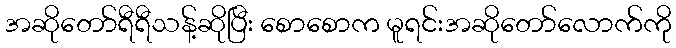
အဆိုတော်ရီရီသန့်ဆိုပြီး စောစောက မူရင်းအဆိုတော်လောက်ကို